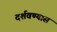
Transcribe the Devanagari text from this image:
दर्शवण्यास